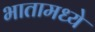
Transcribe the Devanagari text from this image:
भातामध्ये